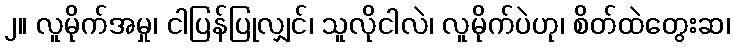
၂။ လူမိုက်အမှု၊ ငါပြန်ပြုလျှင်၊ သူလိုငါလဲ၊ လူမိုက်ပဲဟု၊ စိတ်ထဲတွေးဆ၊